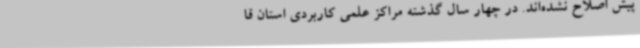
پیش اصلاح نشده‌اند. در چهار سال گذشته مراکز علمی کاربردی استان قا